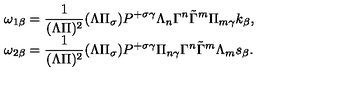
\begin{array} { l } { \omega _ { 1 \beta } = \displaystyle \frac 1 { ( \Lambda \Pi ) ^ { 2 } } ( \Lambda \Pi _ { \sigma } ) P ^ { + \sigma \gamma } \Lambda _ { n } \Gamma ^ { n } \tilde { \Gamma } ^ { m } \Pi _ { m \gamma } k _ { \beta } , } \\ { \omega _ { 2 \beta } = \displaystyle \frac 1 { ( \Lambda \Pi ) ^ { 2 } } ( \Lambda \Pi _ { \sigma } ) P ^ { + \sigma \gamma } \Pi _ { n \gamma } \Gamma ^ { n } \tilde { \Gamma } ^ { m } \Lambda _ { m } s _ { \beta } . } \\ \end{array}